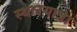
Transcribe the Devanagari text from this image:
स्थलयात्रा